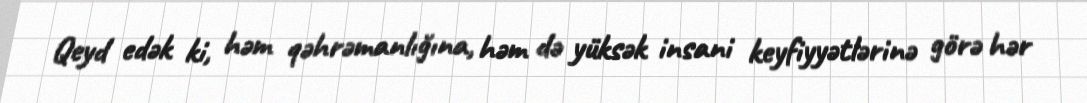
Qeyd edək ki, həm qəhrəmanlığına, həm də yüksək insani keyfiyyətlərinə görə hər